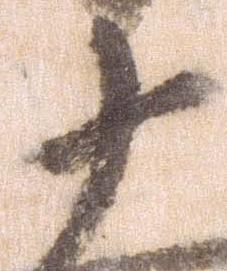
十